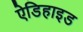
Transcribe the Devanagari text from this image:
ऐडिहाइड